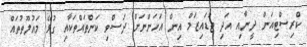
ކްރިސްޓިއަން ދީނާއި އަދި ޖުޑައިޒަމް އިން އަހަންނަށް ދަސްވި ކަންތައްތަކާއި ގުޅޭ މައުލޫތުތައް